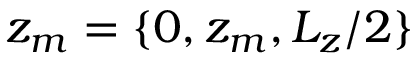
\ensuremath { z _ { m } } = \{ 0 , \ensuremath { z _ { m } } , L _ { z } / 2 \}